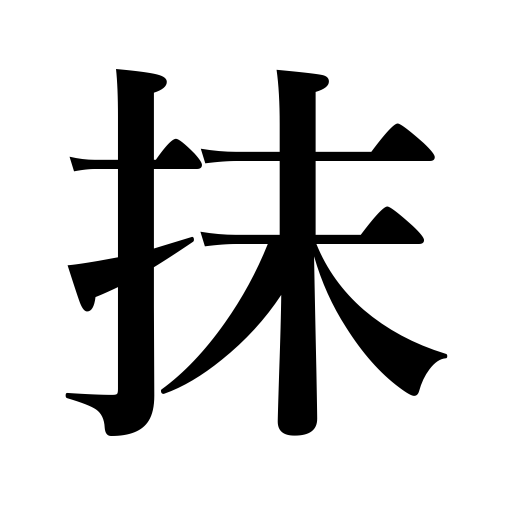
Meanings: erase,rub,paint